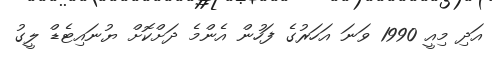
އަދި މިއީ 1990 ވަނަ އަހަރުގެ ފަހުން އެންމެ ދަށްކޮށް ޔުނައިޓެޑް ލީގު